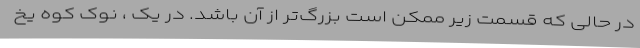
در حالی که قسمت زیر ممکن است بزرگ‌تر از آن باشد. در یک ، نوک کوه یخ